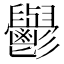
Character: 𮫘